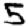
Digit: 5